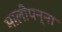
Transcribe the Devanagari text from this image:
मालीपन्‍ना